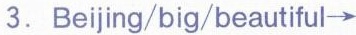
3.Beijing/big/beautiful \rightarrow